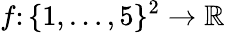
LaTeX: f\colon\{ 1,\ldots,5\} ^{2}\to\mathbb{R}